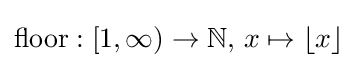
\operatorname {floor} :[1,\infty )\to \mathbb {N} ,\,x\mapsto \lfloor x\rfloor